Annual report of the Civil Veterinary Department, Bengal, for the year 1897-98 - 1897-1898
Year: 1897
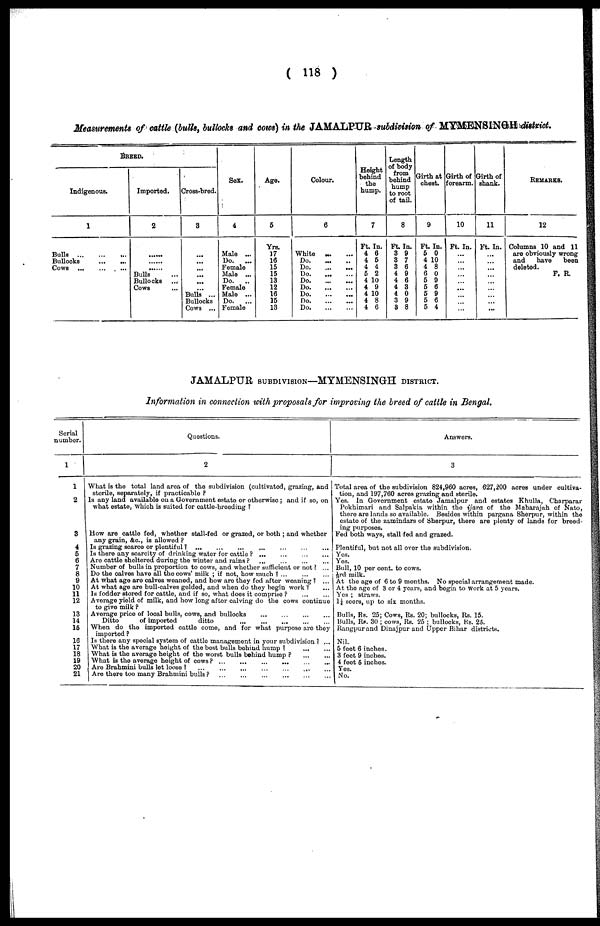
(118)
Measurements of cattle (bulls, bullocks and cows) in the JAMALPUR subdivision of MYMENSINGH district.
BREED.
Indigenous.
1
Bulls
...
...
...
Bullocks
...
...
Cows
...
...
...
Imported.
2
......
......
......
Bulls ...
Bullocks ...
C0W8 ...
Cross-bred.
8
...
...
... ...
... ...
Bulls ...
Bullocks
Cows ...
Sex.
4
Male ...
Do.
...
Female
Male ...
Do.
..
Female
Male ...
Do.
...
Female
Age.
5
Yrs.
17
16
15
15
13
12
16
15
13
Colour.
6
White ... ...
Do. ... ...
Do.
...
...
Do. ... ...
Do.
...
...
Do.
...
...
Do.
...
...
Do.
...
...
Do.
...
...
Height
behind
the
hump.
7
Ft. In.
4 6
4 6
4 4
5 2
4 10
4 9
4 10
4 8
4 6
Length
of body
from
behind
hump
to root
of tail.
8
Ft. In.
8 9
3 7
3 6
4 9
4 6
4 3
4 0
3 9
3 8
Girth at
chest.
9
Ft. In.
5 0
4 10
4 8
6 0
5 9
5 6
5 9
5 6
5 4
Girth of
forearm.
10
Ft. In.
...
...
...
...
...
...
...
...
...
Girth of
shank.
11
Ft. In.
...
...
...
...
...
...
...
... ...
REMARKS.
12
Columns 10 and 11
are obviously wrong
and
have
been
deleted.
F. R.
JAMALPUR SUBDIVISION—MYMENSINGH DISTRICT.
Information in connection with proposals for improving the breed of cattle in Bengal.
Serial
number.
1
1
2
8
4
5
6
7
8
9
10
11
12
13
14
15
16
17
18
19
20
21
Questions.
2
What is the total land area of the subdivision (cultivated, grazing, and
sterile, separately, if practicable?
Is any land available on a Government estate or otherwise; and if so, on
what estate, which is suited for cattle-breeding?
How are cattle fed, whether stall-fed or grazed, or both; and whether
any grain, &c., is allowed?
Is grazing scarce or plentiful? ... ... ... ... ... ...
Is there any scarcity of drinking water for cattle? ... ... ... ...
Are cattle sheltered during the winter and rains? ... ... ... ...
Number of bulls in proportion to cows, and whether sufficient or not? ...
Do the calves have all the cows' milk; if not, how much?
...
...
...
At what age are calves weaned, and how are they fed after woaning? ...
At what age are bull-calves golded, and when do they begin work? ...
Is fodder stored for cattle, and if so, what does it comprise?
...
...
Average yield of milk, and how long after calving do the cows continue
to give milk?
Average price of local bulls, cows, and bullocks
...
...
...
...
Ditto
of imported
ditto ... ... ... ... ...
When do the imported cattle como, and for what purpose are they
imported?
Is there any special system of cattle management in your subdivision? ...
What is the average height of the best bulls behind
hump?
...
...
What is the average height of the worst bulls behind hump?
...
...
What is the average height of cows? ... ... ... ... ... ...
Are Brahmini bulls lot looso? ... ... ... ... ... ...
Are there too many Brahmini bulls?
...
...
...
...
...
...
Answers.
3
Total area of the subdivision 824,960 acres, 627,200 acres under cultiva-
tion, and 197,760 acres grazing and sterile.
Yes. In Government estate Jamalpur and estates Khulla, Charparar
Pokhimari and Salpakia within the ijara of the Maharajah of Nato,
there are lands so available. Besides within pargana Sherpur, within the
estate of the zamindars of Sherpur, there are plenty of lands for breed-
ing purposes.
Fed both ways, 6tall fed and grazed.
Plentiful, but not all over the subdivision.
Yes.
Yes.
Bull, 10 per cent. to cows.
At the age of 6 to 9 months. No special arrangement made.
At the age of 3 or 4 years, and begin to work at 5 years.
Yes; straws.
1½ scors, up to six months.
Bulls, Rs. 25; Cows, Rs. 20; bullocks, Rs. 15.
Hulls, Rs. 30; cows, Rs. 25; bullocks, Rs. 25.
Rangpur and Dinajpur and Upper Bihar districts.
Nil.
6 feet 6 inches.
3 feet 9 inches.
4 feet 5 inches.
Yes
No.